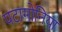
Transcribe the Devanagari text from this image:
पटागोनिया